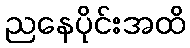
ညနေပိုင်းအထိ